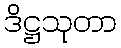
ဒိဋ္ဌသုတာ